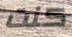
كنت